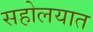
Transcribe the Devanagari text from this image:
सहोलयात